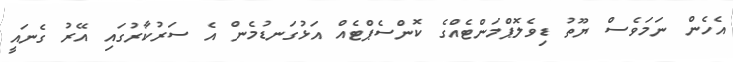
އެހެން ނަމަވެސް ޔޫތު ޑިވެލޮޕްމަންޓެއްގެ ކޮންސެޕްޓެއް އަޅުގަނޑުމެން އެ ސަރުކާރުގައި އޭރު ގެނައީ